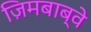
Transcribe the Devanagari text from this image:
ज़िमबाब्वे